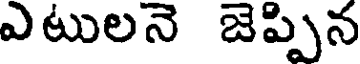
ఎటులనె జెప్పిన